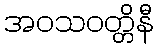
အဝသဝတ္တိနီ